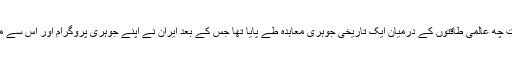
2015 میں ایران اور جرمنی سمیت چھ عالمی طاقتوں کے درمیان ایک تاریخی جوہری معاہدہ طے پایا تھا جس کے بعد ایران نے اپنے جوہری پروگرام اور اس سے متعلق اپنے عزائم کو محدود کر دیا۔